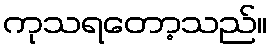
ကုသရတော့သည်။